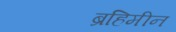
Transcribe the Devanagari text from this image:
ब्रहिमीन